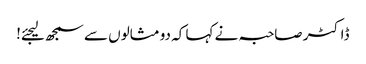
ڈاکٹر صاحبہ نے کہا کہ دو مثالوں سے سمجھ لیجئے!